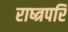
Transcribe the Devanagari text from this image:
राष्त्रपरि